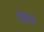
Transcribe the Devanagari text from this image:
दोहरते